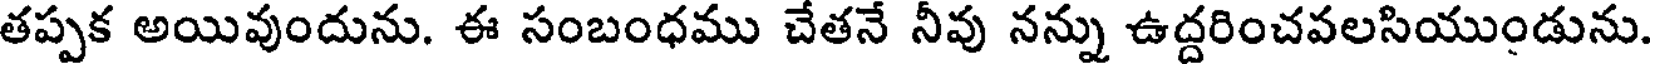
తప్పక అయివుందును. ఈ సంబంధము చేతనే నీవు నన్ను ఉద్దరించవలసియుండును.